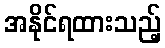
အနိုင်ရထားသည့်